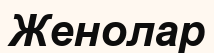
Женолар